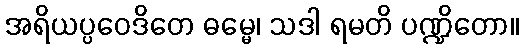
အရိယပ္ပဝေဒိတေ ဓမ္မေ၊ သဒါ ရမတိ ပဏ္ဍိတော။